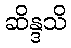
ဆိန္ဒသိ